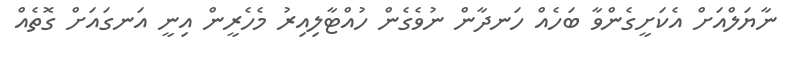
ނާޔަލްއަށް އެކަށީގެންވާ ބަހެއް ހަނދާން ނުވެގެން ހުއްޓާލިއިރު މެހެރީން އިނީ އަނގައަށް ގޮތެއް